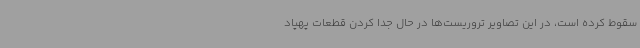
سقوط کرده است، در این تصاویر تروریست‌ها در حال جدا کردن قطعات پهپاد